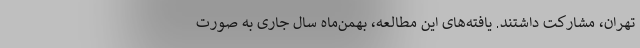
تهران، مشارکت داشتند. یافته‌های این مطالعه، بهمن‌ماه سال جاری به صورت